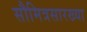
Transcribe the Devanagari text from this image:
सौमित्रसारख्या